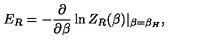
E _ { R } = - { \frac { \partial } { \partial \beta } } \ln Z _ { R } ( \beta ) | _ { \beta = \beta _ { H } } ,